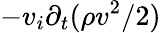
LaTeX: -v_{i}\partial_{t}(\rho v^{2}/2)